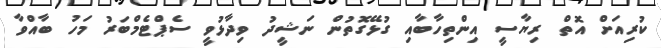
ކުރިއަށް އޮތް ރިޔާސީ އިންތިހާބާއި ގުޅޭގޮތުން ނަޝީދު ވިދާޅުވީ ސެޕްޓެމްބަރު މަހު ބާއްވާ